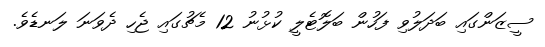
ސީޒަންގައި ބަދަލުވި ފަހުން ބަލޮޓެލީ ކުޅުނު 12 މެޗުގައި ޖެހި ދެވަނަ ލަނޑެވެ.